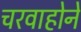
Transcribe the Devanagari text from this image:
चरवाहोने